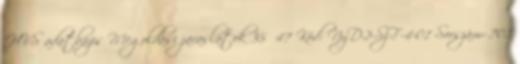
HVS adatbázis Megoldási javaslatok 35 47 Kód: NyD-2-SzF-4-01 Sorszám: 701